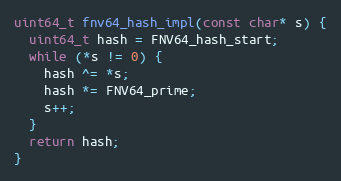
Language: C
uint64_t fnv64_hash_impl(const char* s) {
  uint64_t hash = FNV64_hash_start;
  while (*s != 0) {
    hash ^= *s;
    hash *= FNV64_prime;
    s++;
  }
  return hash;
}